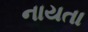
નાયતા